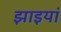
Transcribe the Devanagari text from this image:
झाइयां